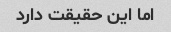
اما این حقیقت دارد